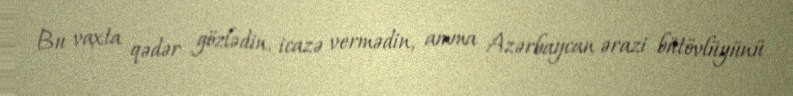
Bu vaxta qədər gözlədin, icazə vermədin, amma Azərbaycan ərazi bütövlüyünü